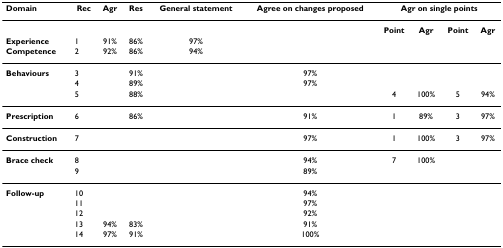
<table><thead><tr><td><b>Domain</b></td><td><b>Rec</b></td><td><b>Agr</b></td><td><b>Res</b></td><td><b>General statement</b></td><td><b>Agree on changes proposed</b></td><td colspan="4"><b>Agr on single points</b></td></tr></thead><tbody><tr><td></td><td></td><td></td><td></td><td></td><td></td><td><b>Point</b></td><td><b>Agr</b></td><td><b>Point</b></td><td><b>Agr</b></td></tr><tr><td><b>Experience</b></td><td>1</td><td>91%</td><td>86%</td><td>97%</td><td></td><td></td><td></td><td></td><td></td></tr><tr><td><b>Competence</b></td><td>2</td><td>92%</td><td>86%</td><td>94%</td><td></td><td></td><td></td><td></td><td></td></tr><tr><td><b>Behaviours</b></td><td>3</td><td></td><td>91%</td><td></td><td>97%</td><td></td><td></td><td></td><td></td></tr><tr><td></td><td>4</td><td></td><td>89%</td><td></td><td>97%</td><td></td><td></td><td></td><td></td></tr><tr><td></td><td>5</td><td></td><td>88%</td><td></td><td></td><td>4</td><td>100%</td><td>5</td><td>94%</td></tr><tr><td><b>Prescription</b></td><td>6</td><td></td><td>86%</td><td></td><td>91%</td><td>1</td><td>89%</td><td>3</td><td>97%</td></tr><tr><td><b>Construction</b></td><td>7</td><td></td><td></td><td></td><td>97%</td><td>1</td><td>100%</td><td>3</td><td>97%</td></tr><tr><td><b>Brace check</b></td><td>8</td><td></td><td></td><td></td><td>94%</td><td>7</td><td>100%</td><td></td><td></td></tr><tr><td></td><td>9</td><td></td><td></td><td></td><td>89%</td><td></td><td></td><td></td><td></td></tr><tr><td><b>Follow-up</b></td><td>10</td><td></td><td></td><td></td><td>94%</td><td></td><td></td><td></td><td></td></tr><tr><td></td><td>11</td><td></td><td></td><td></td><td>97%</td><td></td><td></td><td></td><td></td></tr><tr><td></td><td>12</td><td></td><td></td><td></td><td>92%</td><td></td><td></td><td></td><td></td></tr><tr><td></td><td>13</td><td>94%</td><td>83%</td><td></td><td>91%</td><td></td><td></td><td></td><td></td></tr><tr><td></td><td>14</td><td>97%</td><td>91%</td><td></td><td>100%</td><td></td><td></td><td></td><td></td></tr></tbody></table>